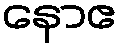
နောဧ